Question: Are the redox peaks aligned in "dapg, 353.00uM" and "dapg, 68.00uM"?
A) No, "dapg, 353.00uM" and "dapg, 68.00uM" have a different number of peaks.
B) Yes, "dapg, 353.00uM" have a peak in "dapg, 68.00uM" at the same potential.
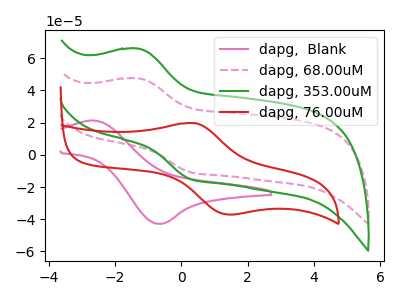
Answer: <think>The pink curve "dapg,  Blank" has an anodic peak at (-2.70V, 21.35uA) and a cathodic peak at (-0.60V, -42.90uA). The pink dashed curve "dapg, 68.00uM" has an anodic peak at (-1.30V, 47.50uA) and a cathodic peak at (0.25V, -10.75uA). The green curve "dapg, 353.00uM" has an anodic peak at (-1.30V, 65.95uA) and a cathodic peak at (0.25V, -14.95uA). The red curve "dapg, 76.00uM" has an anodic peak at (0.40V, 19.70uA) and a cathodic peak at (1.50V, -37.10uA).</think>
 <answer>B) Yes, "dapg, 353.00uM" have a peak in "dapg, 68.00uM" at the same potential.</answer>
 <eval>B</eval>